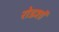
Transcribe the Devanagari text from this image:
रोडशाॅ